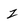
Character: z